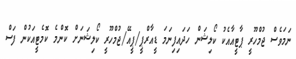
ނަމަވެސް ޖުމްހޫރީ ޕާޓީއާއެކު ކޯލިޝަން ހަދައިފިނަމަ ޑީއާރްޕީ/ޕީއޭ/ޖުމްހޫރީ ކޯލިޝަނަށް ކޮންމެ ކޮމެޓީއަކުން ފަސް